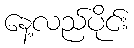
နေ့လည်ပိုင်း